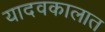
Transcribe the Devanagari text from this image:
यादवकालात